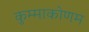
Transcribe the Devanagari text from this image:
कुम्माकोणम